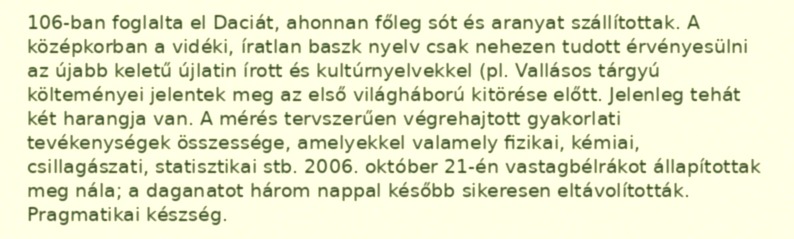
106-ban foglalta el Daciát, ahonnan főleg sót és aranyat szállítottak. A középkorban a vidéki, íratlan baszk nyelv csak nehezen tudott érvényesülni az újabb keletű újlatin írott és kultúrnyelvekkel (pl. Vallásos tárgyú költeményei jelentek meg az első világháború kitörése előtt. Jelenleg tehát két harangja van. A mérés tervszerűen végrehajtott gyakorlati tevékenységek összessége, amelyekkel valamely fizikai, kémiai, csillagászati, statisztikai stb. 2006. október 21-én vastagbélrákot állapítottak meg nála; a daganatot három nappal később sikeresen eltávolították. Pragmatikai készség.